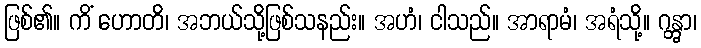
ဖြစ်၏။ ကိံ ဟောတိ၊ အဘယ်သို့ဖြစ်သနည်း။ အဟံ၊ ငါသည်။ အာရာမံ၊ အရံသို့။ ဂန္တွာ၊